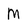
Character: M